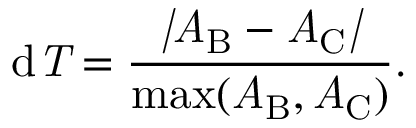
\mathrm { { d } \it { T } = \frac { | A _ { \mathrm { B } } - A _ { \mathrm { C } } | } { \operatorname* { m a x } ( A _ { \mathrm { B } } , A _ { \mathrm { C } } ) } . }